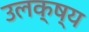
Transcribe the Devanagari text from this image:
उलक्ष्य